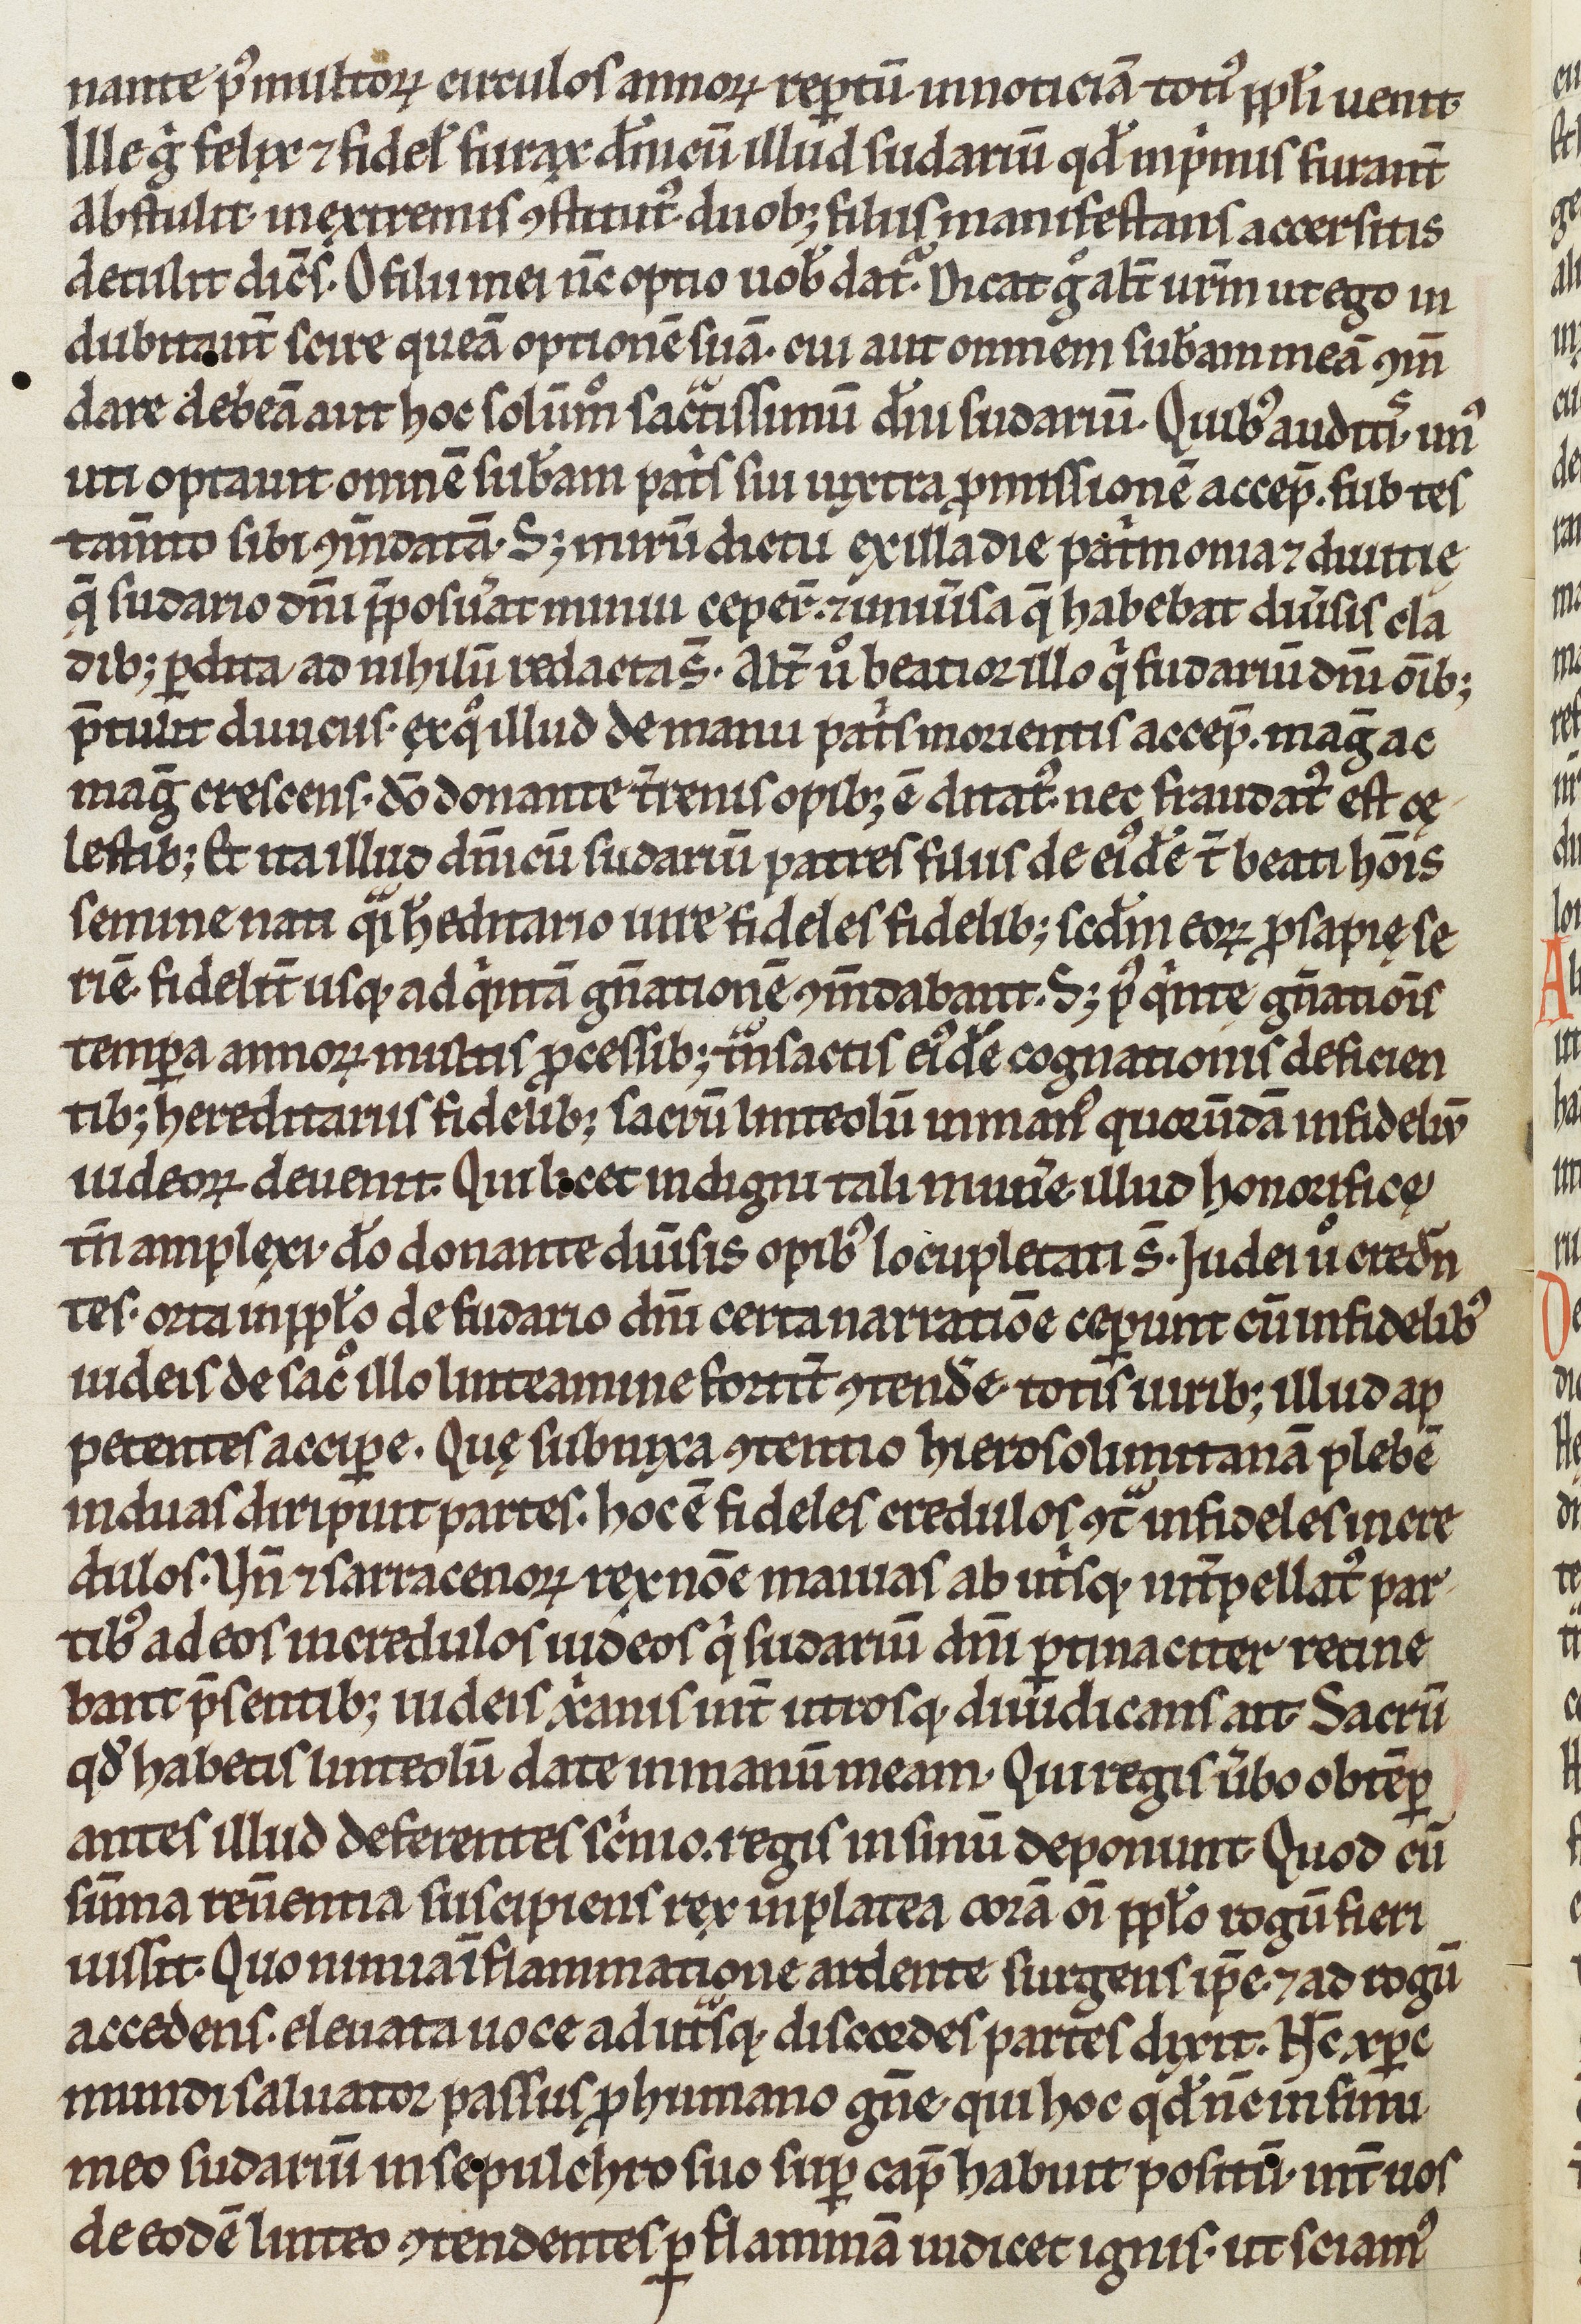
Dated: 1200–1299